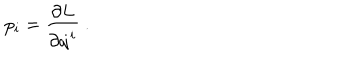
p _ { i } = \frac { \partial L } { \partial \dot { q } ^ { i } } \ .